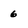
Character: 6